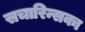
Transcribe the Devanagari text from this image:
सचारिन्सका